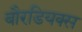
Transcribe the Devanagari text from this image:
बौरडियक्स